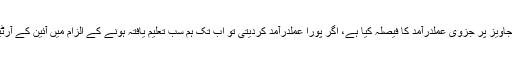
شکر کر، حکومت نے میری تجاویز پر جزوی عملدرآمد کا فیصلہ کیا ہے، اگر پورا عملدرآمد کردیتی تو اب تک ہم سب تعلیم یافتہ ہونے کے الزام میں آئین کے آرٹیکل 6 کا سامنا کررہے ہوتے!